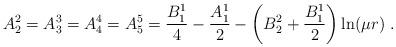
LaTeX: \begin{align*}A_2^2=A_3^3=A_4^4=A_5^5=\frac{B_1^1}4-\frac{A_1^1}2-\left(B_2^2+\frac{B_1^1}2\right)\ln(\mu r) \ .\end{align*}